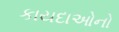
કાયદાઓનો